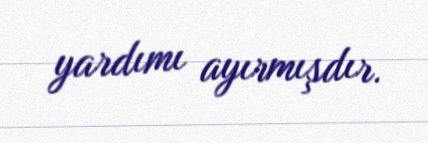
yardımı ayırmışdır.